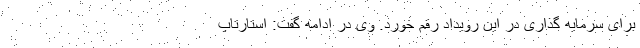
برای سرمایه گذاری در این رویداد رقم خورد. وی در ادامه گفت: استارتاپ